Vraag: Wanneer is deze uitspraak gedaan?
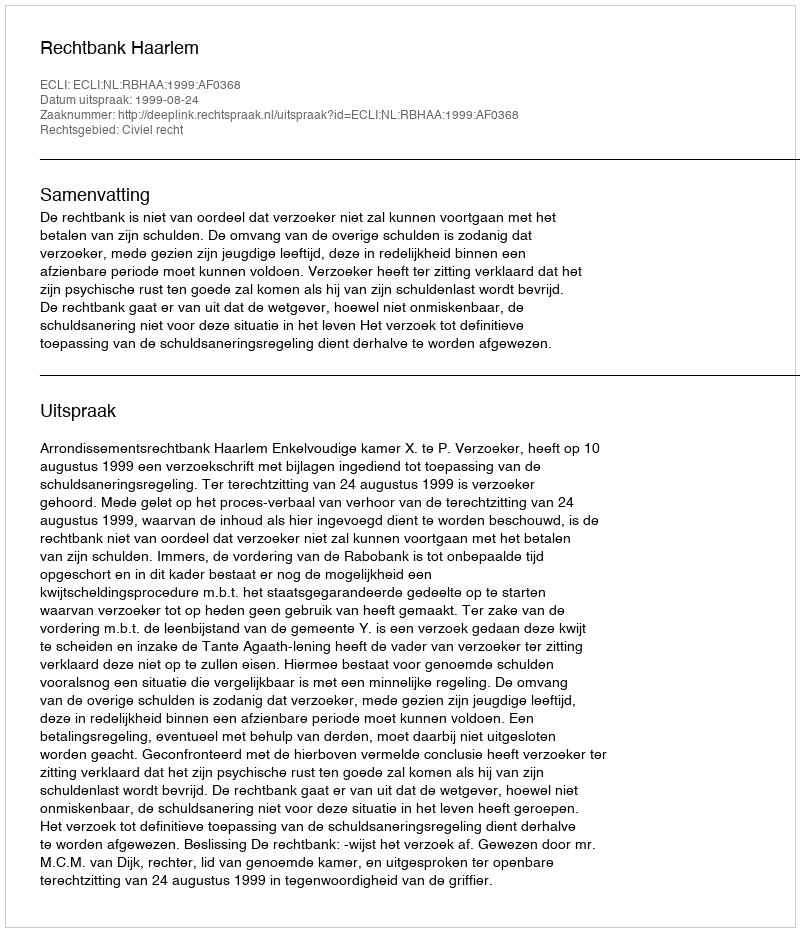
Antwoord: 1999-08-24